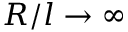
R / l \rightarrow \infty